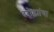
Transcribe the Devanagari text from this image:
दरोड्यांचा